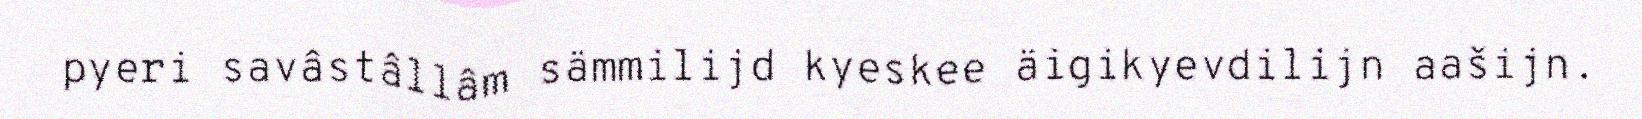
pyeri savâstâllâm sämmilijd kyeskee äigikyevdilijn aašijn.